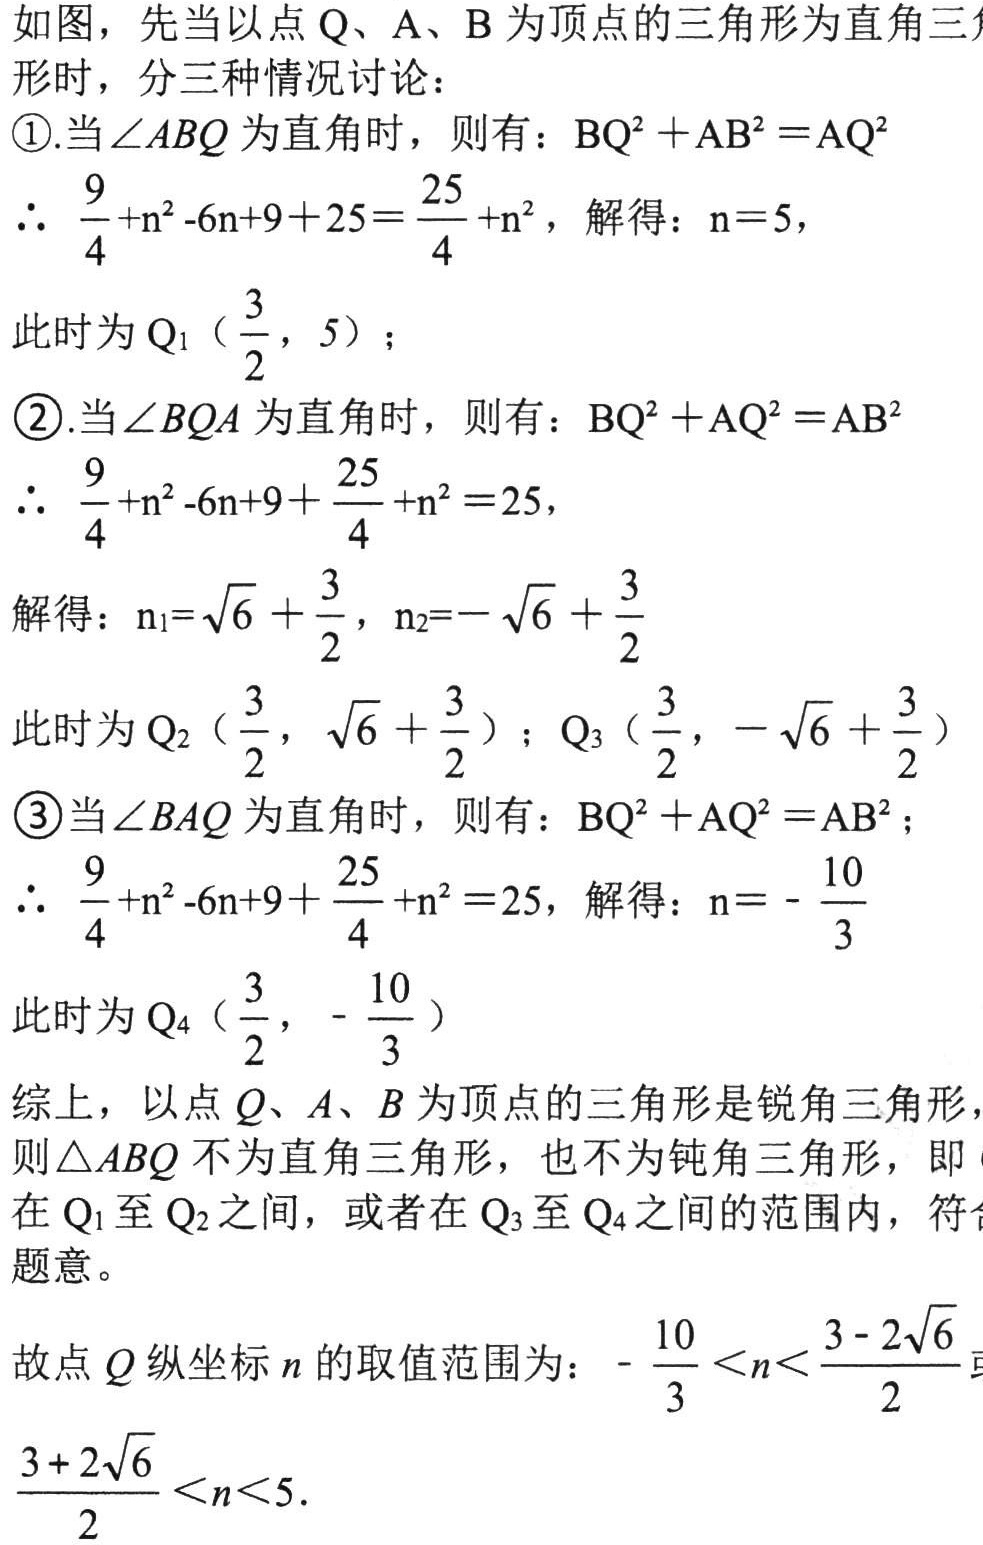
如图，先当以点Q、A、B为顶点的三角形为直角三
形时，分三种情况讨论：
\textcircled{1}.当$\angle ABQ$为直角时，则有：$BQ^{2}+AB^{2}=AQ^{2}$
$\therefore \frac{9}{4}+n^{2}-6n + 9 + 25=\frac{25}{4}+n^{2}$，解得：$n = 5$，
此时为$Q_{1}(\frac{3}{2},5)$；
\textcircled{2}.当$\angle BQA$为直角时，则有：$BQ^{2}+AQ^{2}=AB^{2}$
$\therefore \frac{9}{4}+n^{2}-6n + 9+\frac{25}{4}+n^{2}=25$，
解得：$n_{1}=\sqrt{6}+\frac{3}{2}$，$n_{2}=-\sqrt{6}+\frac{3}{2}$
此时为$Q_{2}(\frac{3}{2},\sqrt{6}+\frac{3}{2})$；$Q_{3}(\frac{3}{2},-\sqrt{6}+\frac{3}{2})$
\textcircled{3}当$\angle BAQ$为直角时，则有：$BQ^{2}+AQ^{2}=AB^{2}$；
$\therefore \frac{9}{4}+n^{2}-6n + 9+\frac{25}{4}+n^{2}=25$，解得：$n=-\frac{10}{3}$
此时为$Q_{4}(\frac{3}{2},-\frac{10}{3})$
综上，以点$Q、A、B$为顶点的三角形是锐角三角形，
则$\triangle ABQ$不为直角三角形，也不为钝角三角形，即
在$Q_{1}$至$Q_{2}$之间，或者在$Q_{3}$至$Q_{4}$之间的范围内，符合
题意。
故点$Q$纵坐标$n$的取值范围为：$-\frac{10}{3}<n<\frac{3 - 2\sqrt{6}}{2}$或
$\frac{3 + 2\sqrt{6}}{2}<n<5$.